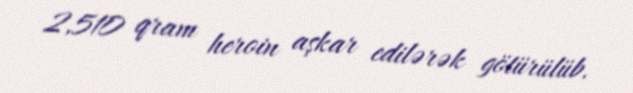
2,510 qram heroin aşkar edilərək götürülüb.